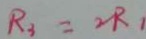
R _ { 3 } = 2 R _ { 1 }